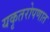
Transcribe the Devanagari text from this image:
यकृतरोपणात